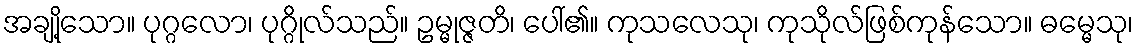
အချို့သော။ ပုဂ္ဂလော၊ ပုဂ္ဂိုလ်သည်။ ဥမ္မုဇ္ဇတိ၊ ပေါ်၏။ ကုသလေသု၊ ကုသိုလ်ဖြစ်ကုန်သော။ ဓမ္မေသု၊